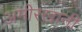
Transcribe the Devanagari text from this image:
अमीरखानी